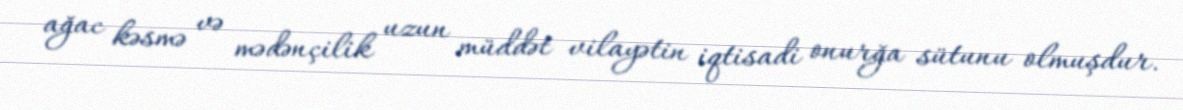
ağac kəsmə və mədənçilik uzun müddət vilayətin iqtisadi onurğa sütunu olmuşdur.